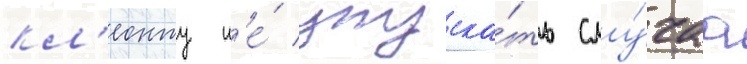
кл'еонту н'е́ упуска́ть слу́чаа